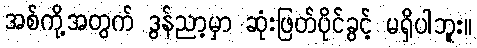
အစ်ကို့အတွက် ဒွန်ညာ့မှာ ဆုံးဖြတ်ပိုင်ခွင့် မရှိပါဘူး။